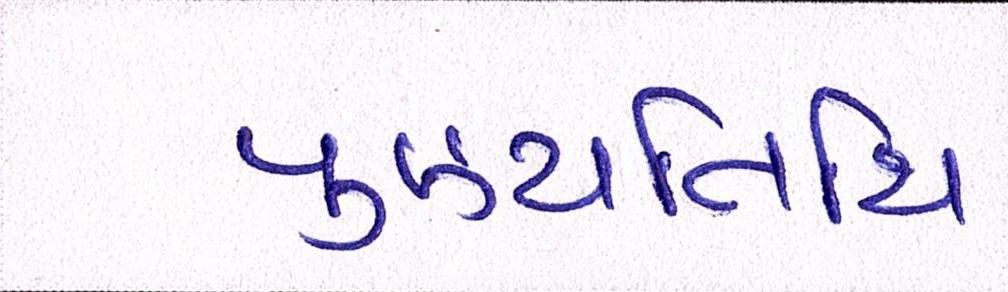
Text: પુણ્યતિથિ